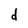
Character: d